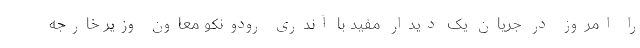
را امروز در جریان یک دیدار مفید با آندری رودونکو معاون وزیر خارجه